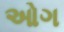
ઓગ